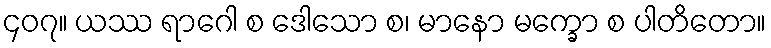
၄၀၇။ ယဿ ရာဂေါ စ ဒေါသော စ၊ မာနော မက္ခော စ ပါတိတော။